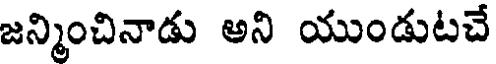
జన్మించినాడు అని యుండుటచే